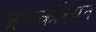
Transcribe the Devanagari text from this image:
जान्करियन